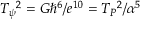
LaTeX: T _ { \psi } { } ^ { 2 } = G \hbar ^ { 6 } / e ^ { 1 0 } = T _ { P } { } ^ { 2 } / \alpha ^ { 5 }